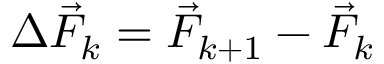
\Delta \vec { F } _ { k } = \vec { F } _ { k + 1 } - \vec { F } _ { k }